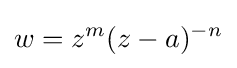
w=z^{m}(z-a)^{-n}